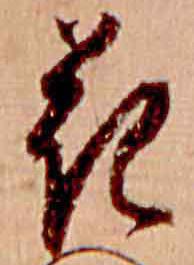
花